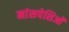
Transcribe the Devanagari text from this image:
मांसपेशिओं